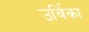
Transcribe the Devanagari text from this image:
उर्विका